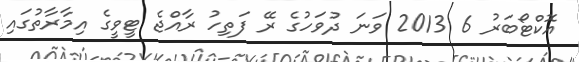
އޮކްޓޯބަރު 6 2013 ވަނަ ދުވަހުގެ ރޭ ފަތިހު ރާއްޖެ ޓީވީގެ އިމާރާތުގައި